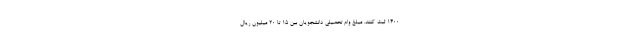
۱۴۰۰ ثبت کنند. مبلغ وام تحصیلی دانشجویان بین ۱۵ تا ۲۰ میلیون ریال